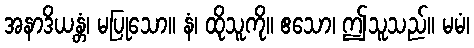
အနာဒိယန္တံ၊ မပြုသော။ နံ၊ ထိုသူကို။ ဧသော၊ ဤသူသည်။ မမံ၊